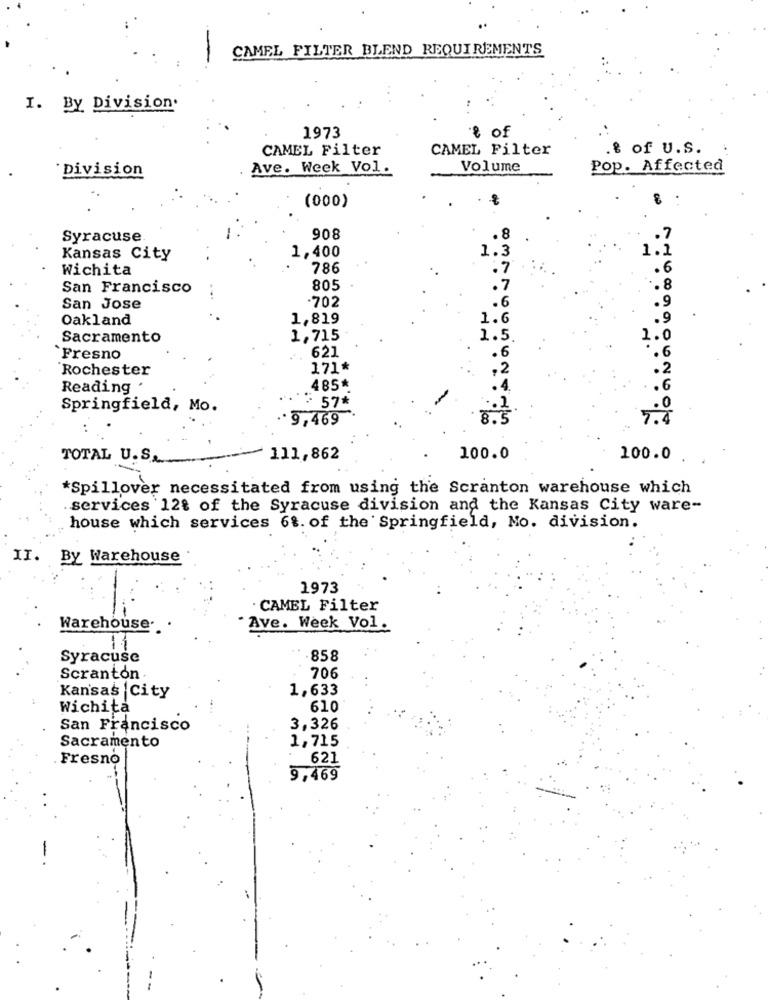
CAMEL FILTER BLEND REQUIREMENTS
I. By Division.
1973
& of
CAMEL Filter
CAMEL Filter
& of u.S.
Division
Ave. Week Vol.
Volume
Pop. Affected
(000)
Syracuse
908
.8
.7
1,400
Kansas City
1.3
1.1
Wichita
786
.7
.6
San Francisco
805
.7
.8
-702
San Jose
.6
Oakland
1,819
1.6
. 9
Sacramento
1,715
1.5.
1.0
621
`Fresno
·6
.6
Rochester
171*
,2
.2
Reading .
485*
.6
: 57*
Springfield, Mo.
.0
*9,469
8.3
7.4
TOTAL U.S.
111,862
100.0
100.0
*Spillover necessitated from using the Scranton warehouse which
services 12% of the Syracuse division and the Kansas City ware-
house which services 68. of the Springfield, No. division.
II. By Warehouse
1973
CAMEL Filter
Warehouse ..
Ave. Week Vol.
13
Syracuse
858
Scranton
706
1,633
Kansas City
Wichita
610
San Francisco
3,326
1,715
Sacramento
Fresno
621
9,469